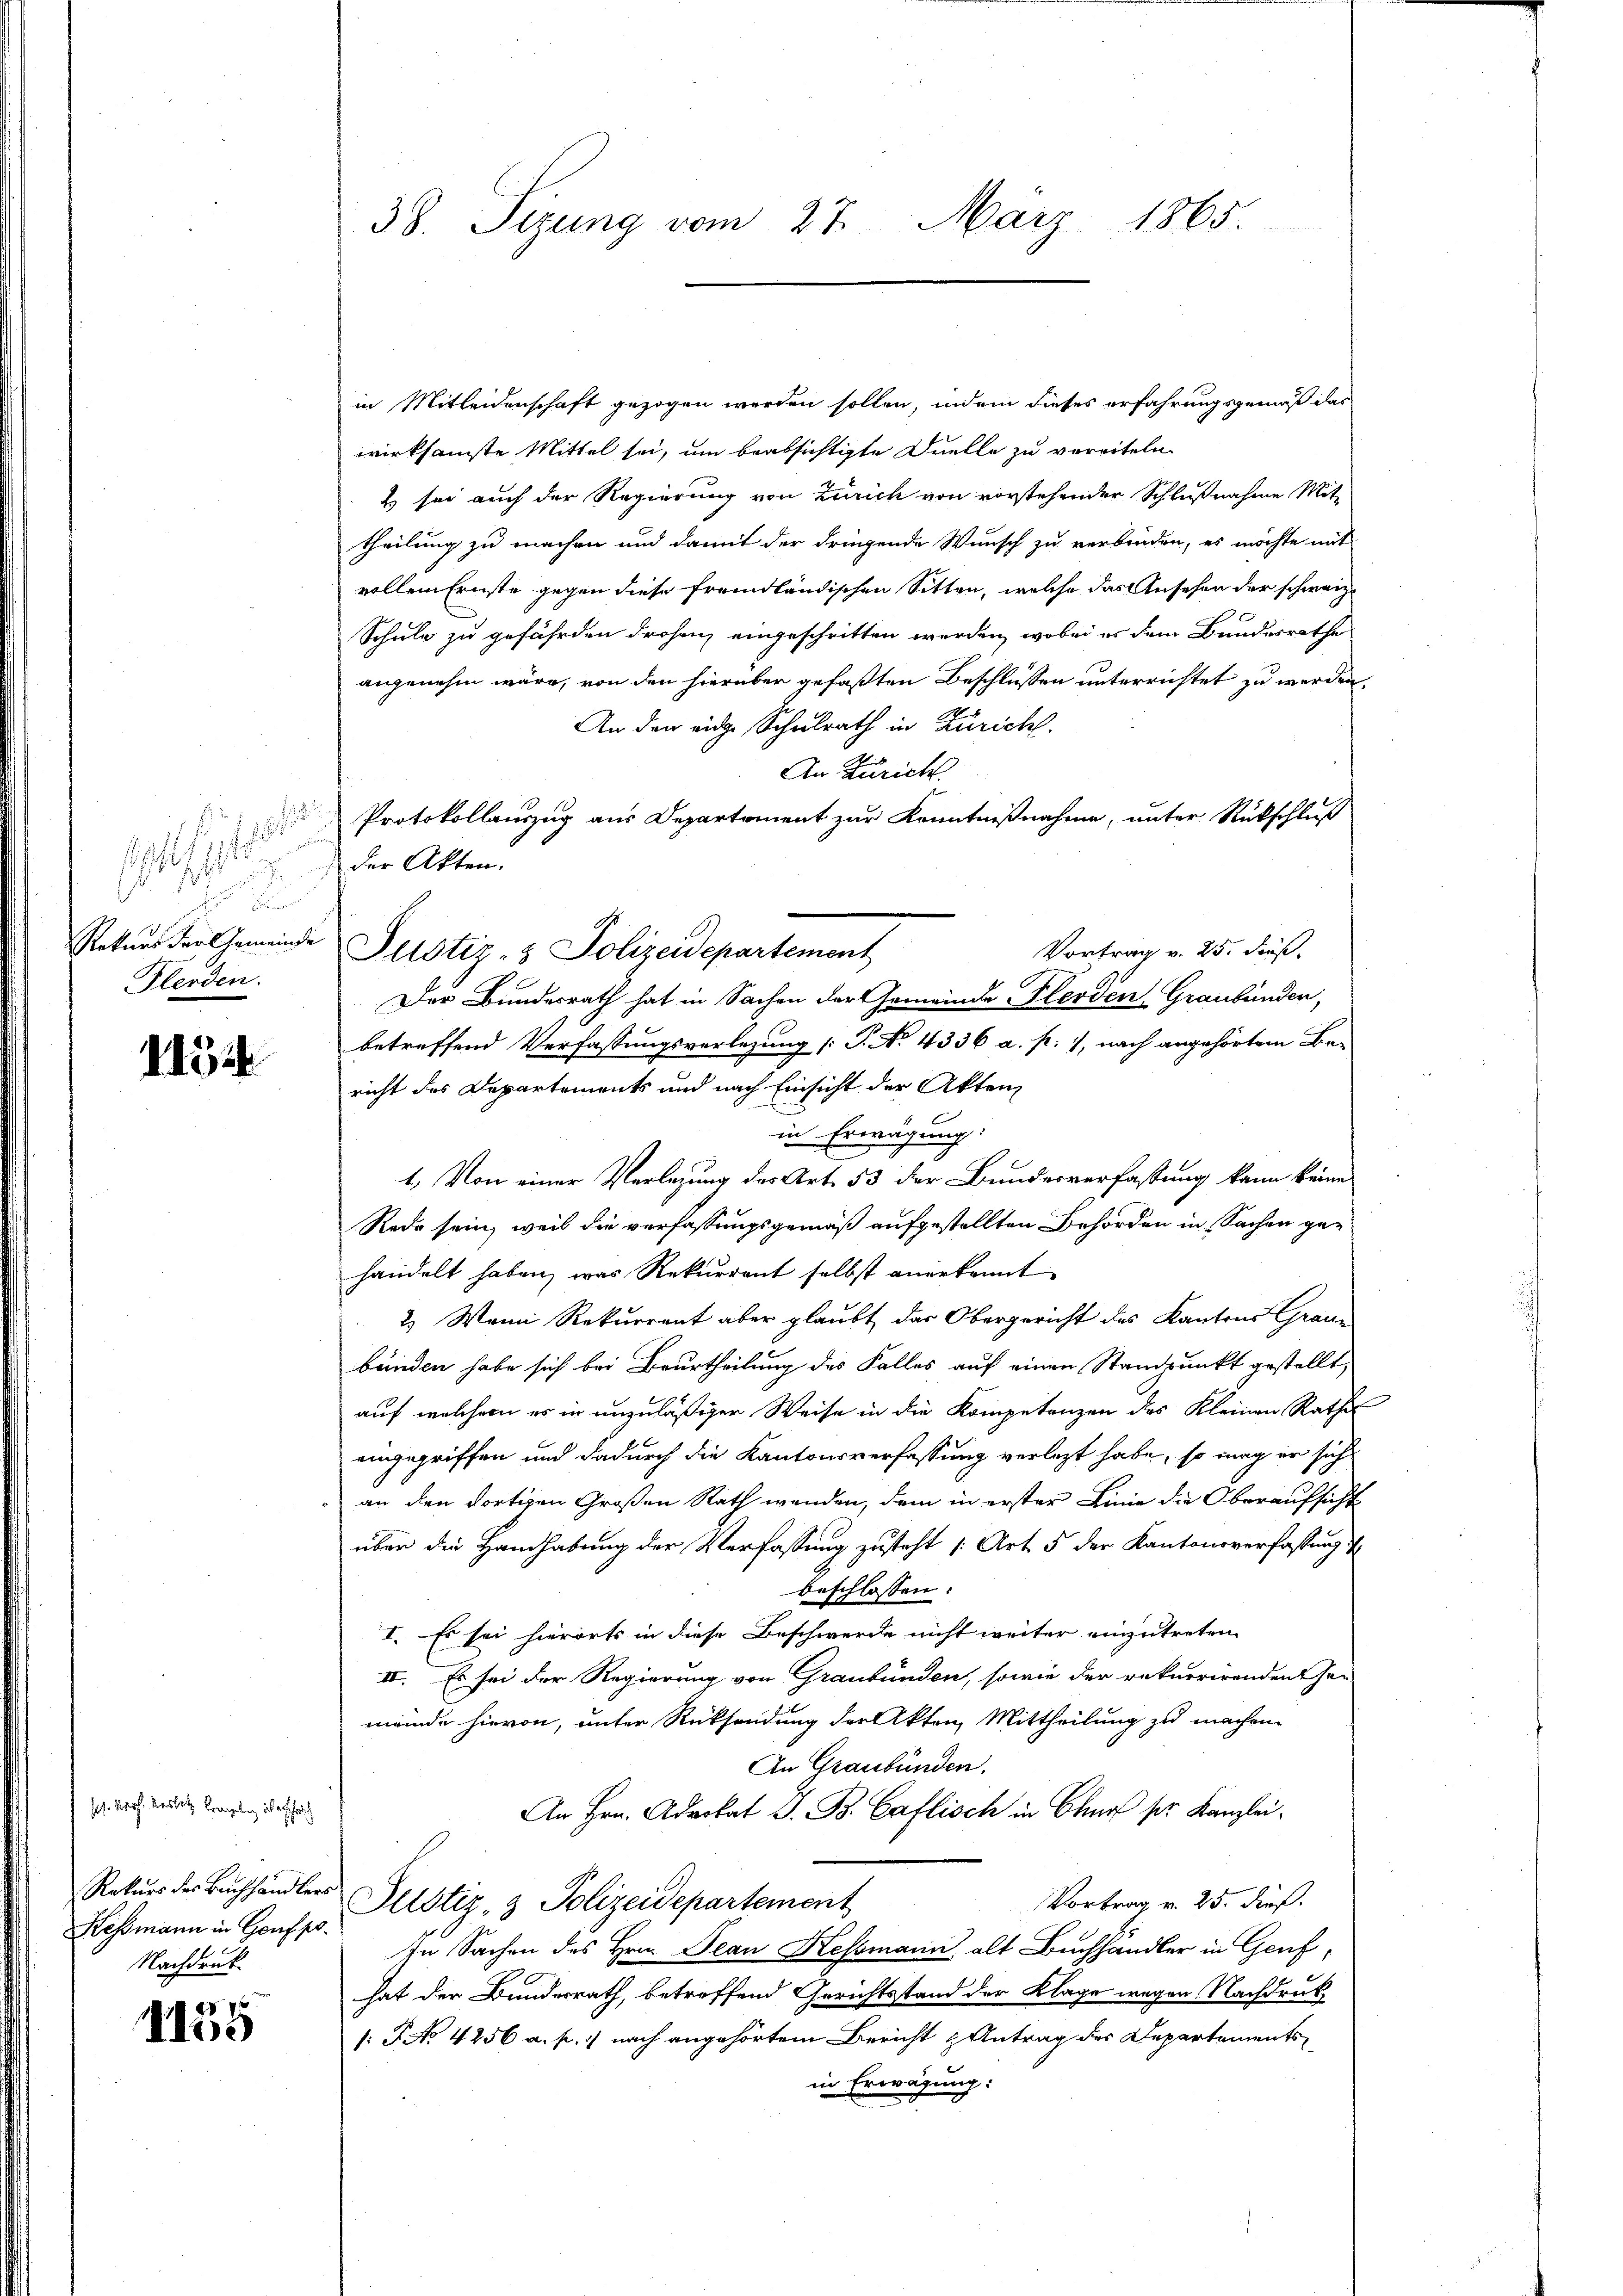
e
p

Rekurs der Gemeinde
Flerden.

1154

Joh. Prof. Wassetz kompling überscha
Kessmann in Genf po
Nachdruck

e
1155

38. Sizung vom 27. März 1865.

in Mitleidenschaft gezogen werden sollen, indem dieses erfahrungsgemäß das
wirksamste Mittel sei, um beabsichtigte Quelle zu vereiteln.
E sei auch der Regierung von Zürich von vorstehender Schlußnahme Mit-
theilung zu machen und damit der dringende Wunsch zu verbinden, es möchte mit
vollem Ernste gegen diese fremdländischen Sitten, welche das Ansehen der schweiz
Schule zu gefährden drohen, eingeschritten werden, wobei es dem Bundesrathe
angenehm wäre, von den hierüber gefaßten Beschlüssen unterrichtet zu werden,
An der eidge Schulrath in Zürich.
An Zürich.
Protokollauszug aus Departement zur Kenntnißnahme, unter Rückschluß
der Akten.
Vortrag v. 25. dies
Justiz- & Polizeidepartement
betreffend Verfassungsverlegung [P. No. 4336 a. p. 1, nach angehörtem Be-
richt des Departements und nach Einsicht der Akten
in Erwägung:
1. Von einer Verlegung des Art. 53 der Bundesverfassung kann keine
Rede sein, weil die verfassungsgemäß aufgestellten Behörden in Sachen gehandelt haben, was Rekurrent selbst anerkannt
2.) Wenn Rekurrent aber glaubt das Obergericht des Kantons Graue
bünden habe sich bei Beurtheilung des Falles auf einen Standpunkt gestellt,
auf welchem es in unzuläßiger Weise in die Kompetenzen des Kleinen Rathes
eingegriffen und dadurch die Kantonsverfassung verlegt habe, so mag er sich
an den dortigen Großen Rath wenden, dem in erster Linie die Oberaufsicht
über die Handhabung der Verfassung zusteht (Art. 5 der Kantonsverfassung d
beschlossen:
I. Es sei hierorts in diese Beschwerde nicht weiter einzutreten
II. Es sei der Regierung von Graubünden, sowie der rekurrirendent her
meinde hievon, unter Rücksendung der Akten Mittheilung zu machen.
An Graubünden.
An Hrn. Advokat J. B. Caflisch in Chur pr. Kanzlei¬
Rekŭrs des Buchhändlers Justiz- & Polizeidepartement
Vortrag v. 25. dieß.
In Sachen des Hrn. Jean Kessmann, alt Buchhandler in Genfhat der Bundesrath, betreffend Gerichtsstand der Klage wegen Nachdruk
: No 4256 a. p. 1) nach angehörtem Bericht & Antrag des Departementsin Erwägung:

Der Bundesrath hat in Sachen der Gemeinde Ferden, Graubünden,